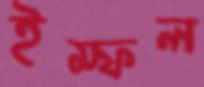
ইম্ফল